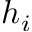
h _ { i }